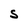
Character: S